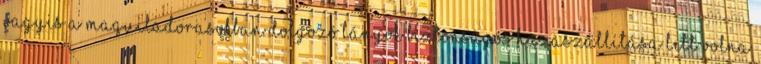
vagyis a maquiladorasokban dolgozó lányok biztonságos hazaszállítása lett volna